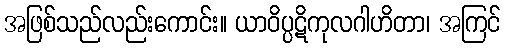
အဖြစ်သည်လည်းကောင်း။ ယာဝိပ္ပဋိကုလဂါဟိတာ၊ အကြင်